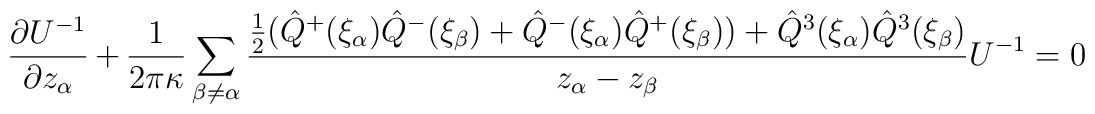
\frac{\partial U^{-1}}{\partial z_\alpha}+ {1\over 2\pi\kappa}\sum_{\beta\neq \alpha}\frac{\frac{1}{2}(\hat Q^+(\xi_\alpha) \hat Q^-(\xi_\beta)+\hat Q^-(\xi_\alpha)\hat Q^+(\xi_\beta))+\hat Q^3(\xi_\alpha)\hat Q^3(\xi_\beta)}{z_\alpha-z_\beta}U^{-1}=0